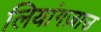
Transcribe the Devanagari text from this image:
लियांगज़ाउ